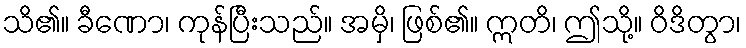
သိ၏။ ခီဏော၊ ကုန်ပြီးသည်။ အမှိ၊ ဖြစ်၏။ ဣတိ၊ ဤသို့။ ဝိဒိတွာ၊